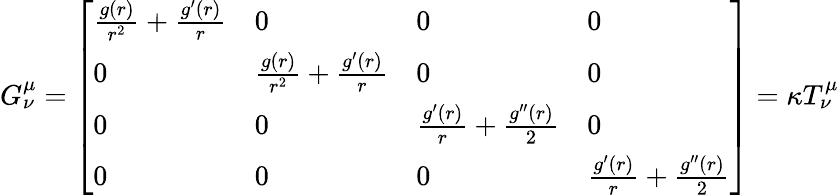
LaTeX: \begin{array}{r}{G_{\nu}^{\mu}=\left[\begin{array}{llll}{\frac{g(r)}{r^{2}}+\frac{g^{\prime}(r)}{r}}&{0}&{0}&{0}\\ {0}&{\frac{g(r)}{r^{2}}+\frac{g^{\prime}(r)}{r}}&{0}&{0}\\ {0}&{0}&{\frac{g^{\prime}(r)}{r}+\frac{g^{\prime\prime}(r)}{2}}&{0}\\ {0}&{0}&{0}&{\frac{g^{\prime}(r)}{r}+\frac{g^{\prime\prime}(r)}{2}}\end{array}\right]=\kappa T_{\nu}^{\mu}}\end{array}